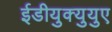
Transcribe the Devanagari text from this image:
ईडीयुक्युयुए